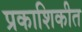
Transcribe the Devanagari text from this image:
प्रकाशिकीत